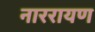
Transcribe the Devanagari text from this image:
नाररायण